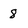
Character: 8